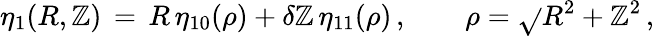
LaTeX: \eta_{1}(R,\mathbb{Z})\, =\, R\, \eta_{10}(\rho)+\delta\mathbb{Z}\, \eta_{11}(\rho)\, ,\qquad\rho=\sqrt{}{{R^{2}+\mathbb{Z}^{2}}}\, ,